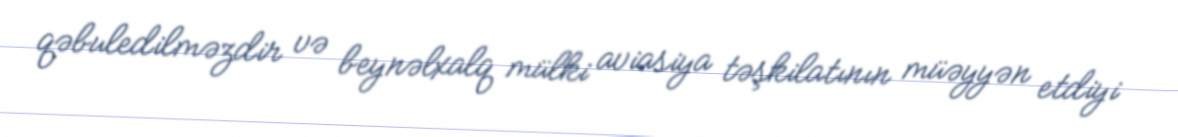
qəbuledilməzdir və beynəlxalq mülki aviasiya təşkilatının müəyyən etdiyi